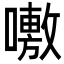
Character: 𭋝